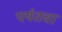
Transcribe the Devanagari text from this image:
पर्यतचा